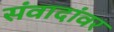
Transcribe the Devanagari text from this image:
संवादांवर